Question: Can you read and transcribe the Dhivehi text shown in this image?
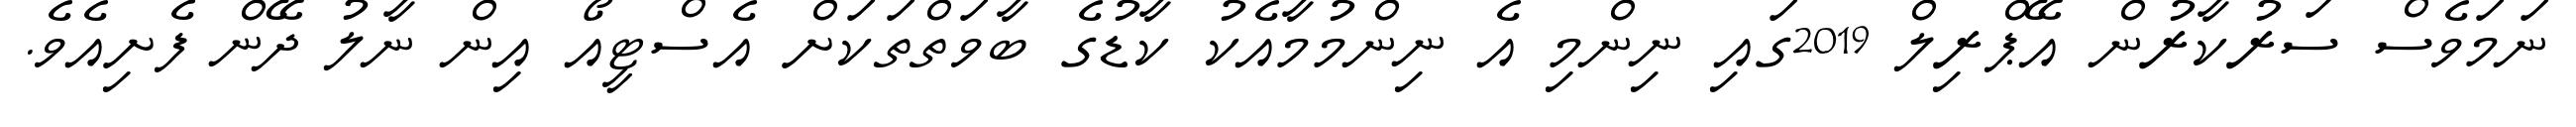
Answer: ނަމަވެސް ސަރުކާރުން އޭޕްރިލް 2019ގައި ނިންމި އެ ނިންމުމާއެކު ކާޑުގެ ބާވަތްތަކަށް އެސްޓީއޯ އިން ނާލު ދޭން ފެށިއެވެ.